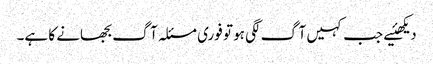
دیکھئیے جب کہیں آگ لگی ہو تو فوری مسئلہ آگ بجھانے کا ہے۔